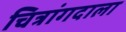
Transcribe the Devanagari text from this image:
चित्रांगदाला